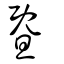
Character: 暨